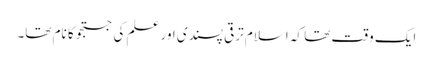
ایک وقت تھا کہ اسلام ترقی پسندی اور علم کی جستجو کا نام تھا۔